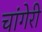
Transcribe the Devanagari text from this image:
चांगेरी